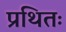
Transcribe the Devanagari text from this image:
प्रथितः